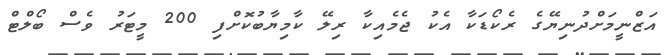
އަޒްނީމަށްދުނިޔޭގެ ރެކޯޑަކާ އެކު ޖެމެއިކާ ރިލޭ ކާމިޔާބުކޮށްފި 200 މީޓަރު ވެސް ބޯލްޓް